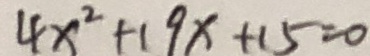
4 x ^ { 2 } + 1 9 x + 1 5 = 0